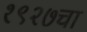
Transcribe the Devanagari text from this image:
१९२७चा